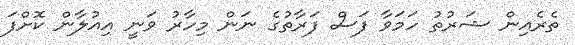
ތެރެއިން ޝަރުތު ހަމަވާ ފަސް ފަރާތުގެ ނަން މިހާރު ވަނީ އިއުލާން ކޮށްފަ